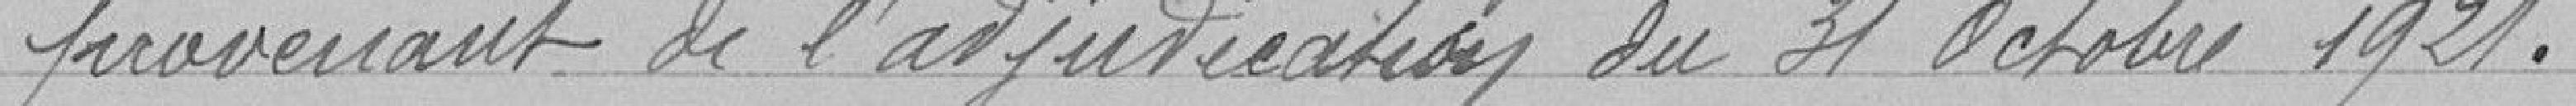
provenant de l'adjudication du 31 Octobre 1921.